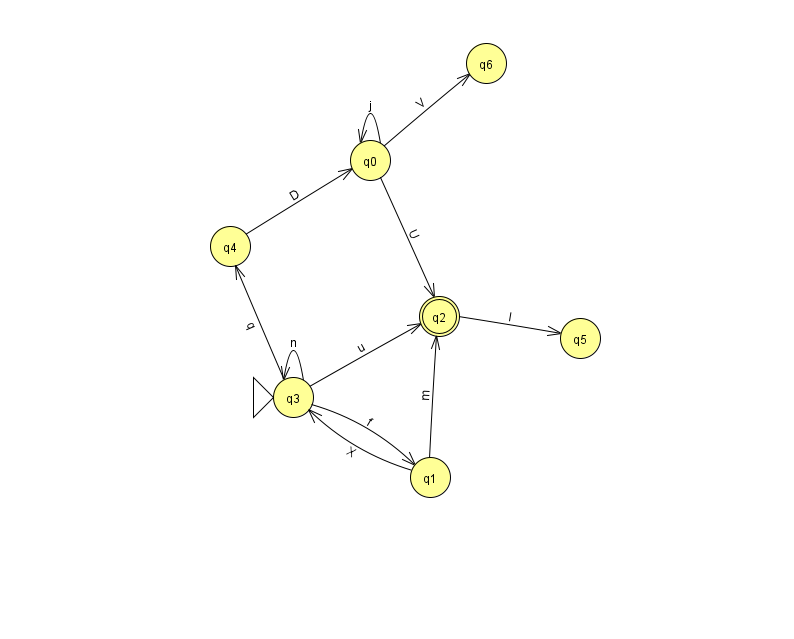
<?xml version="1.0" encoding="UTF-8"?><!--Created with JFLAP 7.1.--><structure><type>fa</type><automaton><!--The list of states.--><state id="0" name="q0"><x>370.0</x><y>147.0</y></state><state id="1" name="q1"><x>430.0</x><y>464.0</y></state><state id="2" name="q2"><x>439.0</x><y>303.0</y><final/></state><state id="3" name="q3"><x>293.0</x><y>384.0</y><initial/></state><state id="4" name="q4"><x>230.0</x><y>233.0</y></state><state id="5" name="q5"><x>580.0</x><y>325.0</y></state><state id="6" name="q6"><x>486.0</x><y>50.0</y></state><!--The list of transitions.--><transition><from>0</from><to>6</to><read>V</read></transition><transition><from>3</from><to>1</to><read>f</read></transition><transition><from>3</from><to>2</to><read>u</read></transition><transition><from>0</from><to>2</to><read>U</read></transition><transition><from>2</from><to>5</to><read>I</read></transition><transition><from>3</from><to>4</to><read>q</read></transition><transition><from>0</from><to>0</to><read>j</read></transition><transition><from>4</from><to>0</to><read>D</read></transition><transition><from>1</from><to>3</to><read>X</read></transition><transition><from>1</from><to>2</to><read>m</read></transition><transition><from>3</from><to>3</to><read>n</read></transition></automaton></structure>